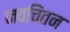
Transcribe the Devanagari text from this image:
नवचिंतन